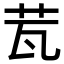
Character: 𦭈